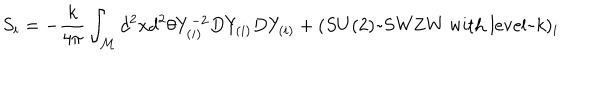
LaTeX: S _ { i } = - \frac { k } { 4 \pi } \int _ { \cal M } d ^ { 2 } x d ^ { 2 } \theta Y _ { ( i ) } ^ { - 2 } D Y _ { ( i ) } D Y _ { ( i ) } + ( S U ( 2 ) \mathrm { ~ S W Z W ~ w i t h ~ l e v e l ~ } k ) _ { i }